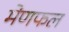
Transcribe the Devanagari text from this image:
मेणफल